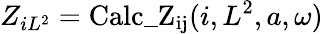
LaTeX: Z_{iL^{2}}=\mathrm{Calc\_ Z_{ij}}(i,L^{2},a,\omega)